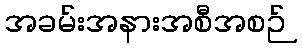
အခမ်းအနားအစီအစဉ်